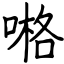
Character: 𠺝